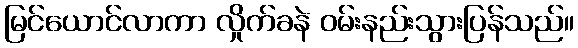
မြင်ယောင်လာကာ လှိုက်ခနဲ ဝမ်းနည်းသွားပြန်သည်။